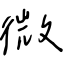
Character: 微